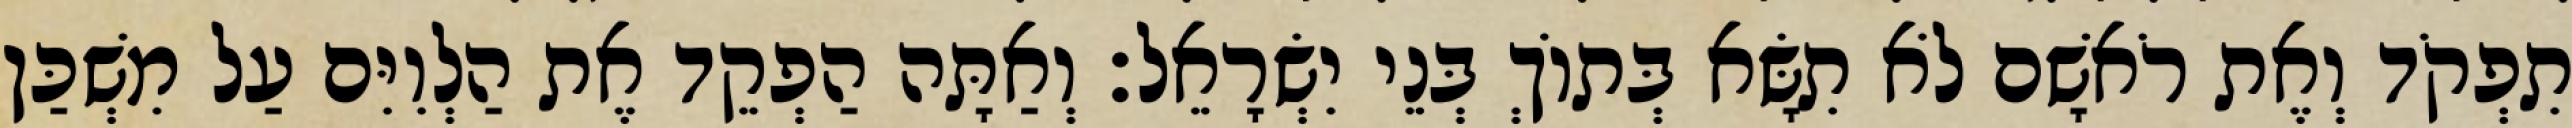
תִפְקֹד וְאֶת רֹאשָׁם לֹא תִשָּׂא בְּתוֹךְ בְּנֵי יִשְׂרָאֵל׃ וְאַתָּה הַפְקֵד אֶת הַלְוִיִּם עַל מִשְׁכַּן